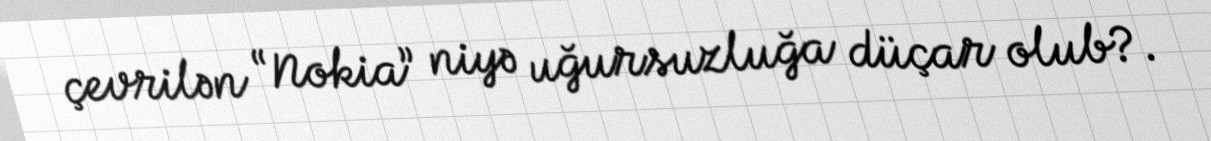
çevrilən “Nokia” niyə uğursuzluğa düçar olub?.